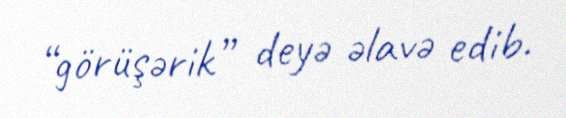
“görüşərik” deyə əlavə edib.